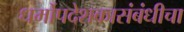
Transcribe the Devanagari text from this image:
धर्मोपदेशकासंबंधीचा